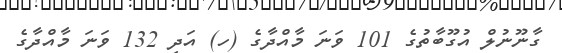
ގާނޫނުލް އުގޫބާތުގެ 101 ވަނަ މާއްދާގެ (ހ) އަދި 132 ވަނަ މާއްދާގެ